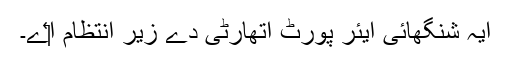
ایہ شنگھائی ایئر پورٹ اتھارٹی دے زیر انتظام ا‏‏ے۔